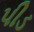
પીડ